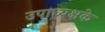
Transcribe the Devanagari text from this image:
उपाध्यक्षके